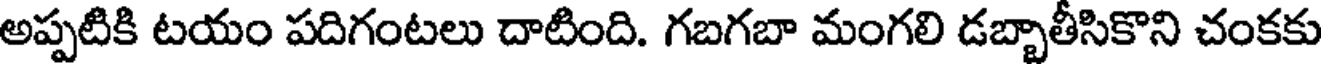
అప్పటికి టయం పదిగంటలు దాటింది. గబగబా మంగలి డబ్బాతీసికొని చంకకు